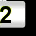
Digit: 2